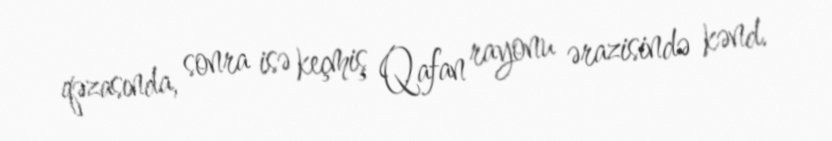
qəzasında, sonra isə keçmiş Qafan rayonu ərazisində kənd.